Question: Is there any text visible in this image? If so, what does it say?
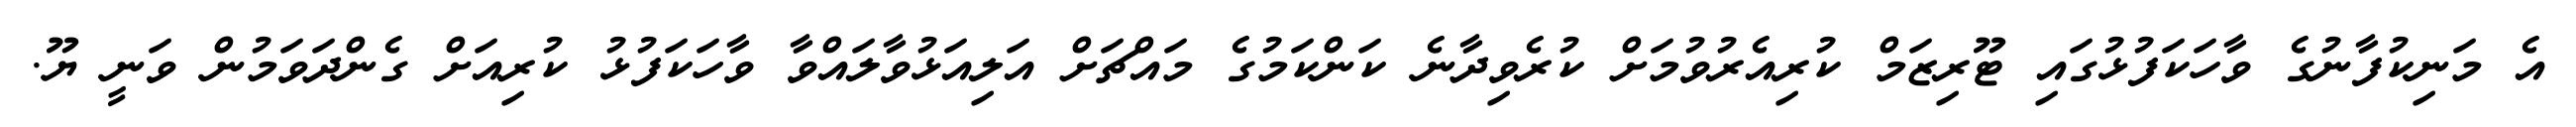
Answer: އެ މަނިކުފާނުގެ ވާހަކަފުޅުގައި ޓޫރިޒަމް ކުރިއެރުވުމަށް ކުރެވިދާނެ ކަންކަމުގެ މައްޗަށް އަލިއަޅުވާލައްވާ ވާހަކަފުޅު ކުރިއަށް ގެންދަވަމުން ވަނީ ޔޫ.